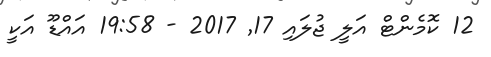
12 ކޮމެންޓް އަލީ ޖުލައި 17